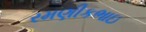
રમણીકભાઇ